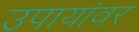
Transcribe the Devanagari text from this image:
उपायांवर